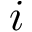
i